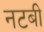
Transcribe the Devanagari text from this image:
नटबी